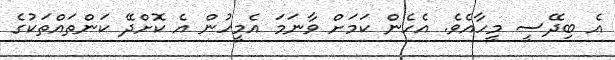
އެ ބިދޭސީ މީހާއެވެ. އެހެން ކަމަށް ވާނަމަ އެމީހުން އެ ކޮށްދޭ ކަންތައްތަކުގެ